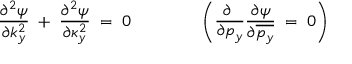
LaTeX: { \frac { \partial ^ { 2 } \psi } { \partial k _ { y } ^ { 2 } } } \; + \; { \frac { \partial ^ { 2 } \psi } { \partial \kappa _ { y } ^ { 2 } } } \; = \; 0 \qquad \qquad \left( { \frac { \partial \; } { \partial p _ { y } } } { \frac { \partial \psi } { \partial \overline { { { p _ { y } } } } } } \; = \; 0 \right)